Code of medical and sanitary regulations for the guidance of medical officers serving in the Madras Presidency - Volume II
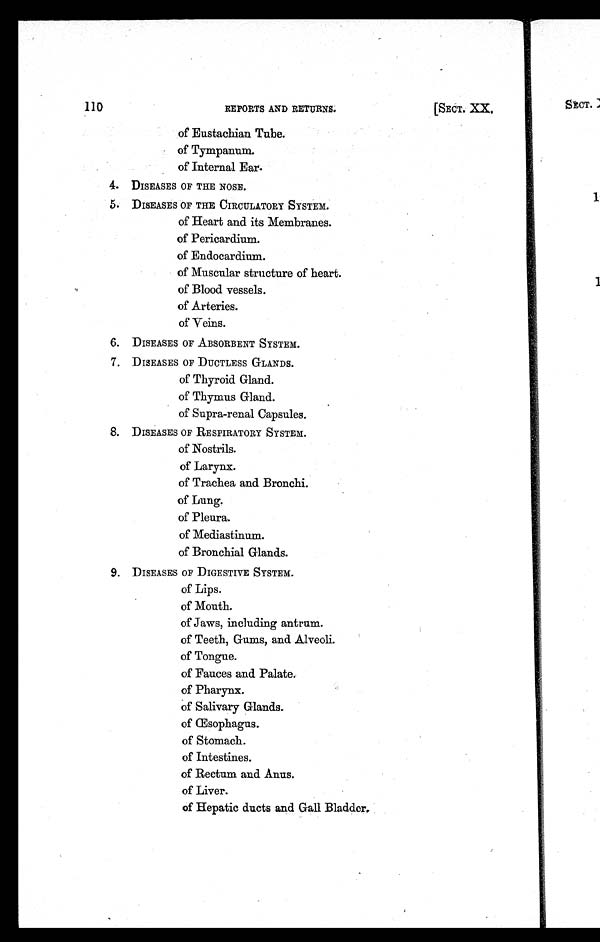
110
REPORTS AND RETURNS.
[SECT. XX.
of Eustachian Tube.
of Tympanum.
of Internal Ear .
4. DISEASES OF THE NOSE.
5. DISEASES OF THE CIRCULATORY SYSTEM.
of Heart and its Membranes.
of Pericardium.
of Endocardium.
of Muscular structure of heart.
of Blood vessels.
of Arteries.
of Veins.
6. DISEASES OF ABSORBENT SYSTEM.
7. DISEASES OF DUCTLESS GLANDS.
of Thyroid Gland.
of Thymus Gland.
of Supra-renal Capsules.
8. DISEASES OF RESPIRATORY SYSTEM.
of Nostrils.
of Larynx.
of Trachea and Bronchi.
of Lung.
of Pleura.
of Mediastinum.
of Bronchial Glands.
9. DISEASES OF DIGESTIVE SYSTEM.
of Lips.
of Mouth.
of Jaws, including antrum.
of Teeth, Gums, and Alveoli.
of Tongue.
of Fauces and Palate.
of Pharynx.
of Salivary Glands.
of Œsophagus.
of Stomach.
of Intestines.
of Rectum and Anus.
of Liver.
o f H e p a t i c d u c t s a n d G a l l B l a d d e r .